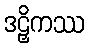
ဒဠှိကဿ